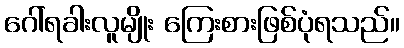
ဂေါ်ရခါးလူမျိုး ကြေးစားဖြစ်ပုံရသည်။